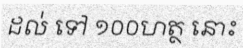
ដល់ ទៅ ១០០ហត្ថ នោះ